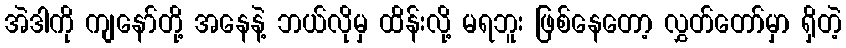
အဲဒါကို ကျနော်တို့ အနေနဲ့ ဘယ်လိုမှ ထိန်းလို့ မရဘူး ဖြစ်နေတော့ လွှတ်တော်မှာ ရှိတဲ့